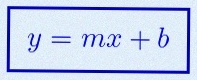
y=mx+b